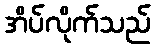
အိပ်လိုက်သည်